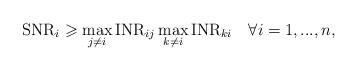
LaTeX: \begin{align*}\mathrm{{{SNR}}}_{i}\geqslant\max_{j\neq i}\mathrm{\mathrm{{{INR}}}}_{ij}\max_{k\neq i}\mathrm{\mathrm{{{INR}}}}_{ki}\quad\forall i=1,...,n,\end{align*}